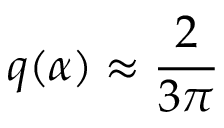
q ( \alpha ) \approx { \frac { 2 } { 3 \pi } }